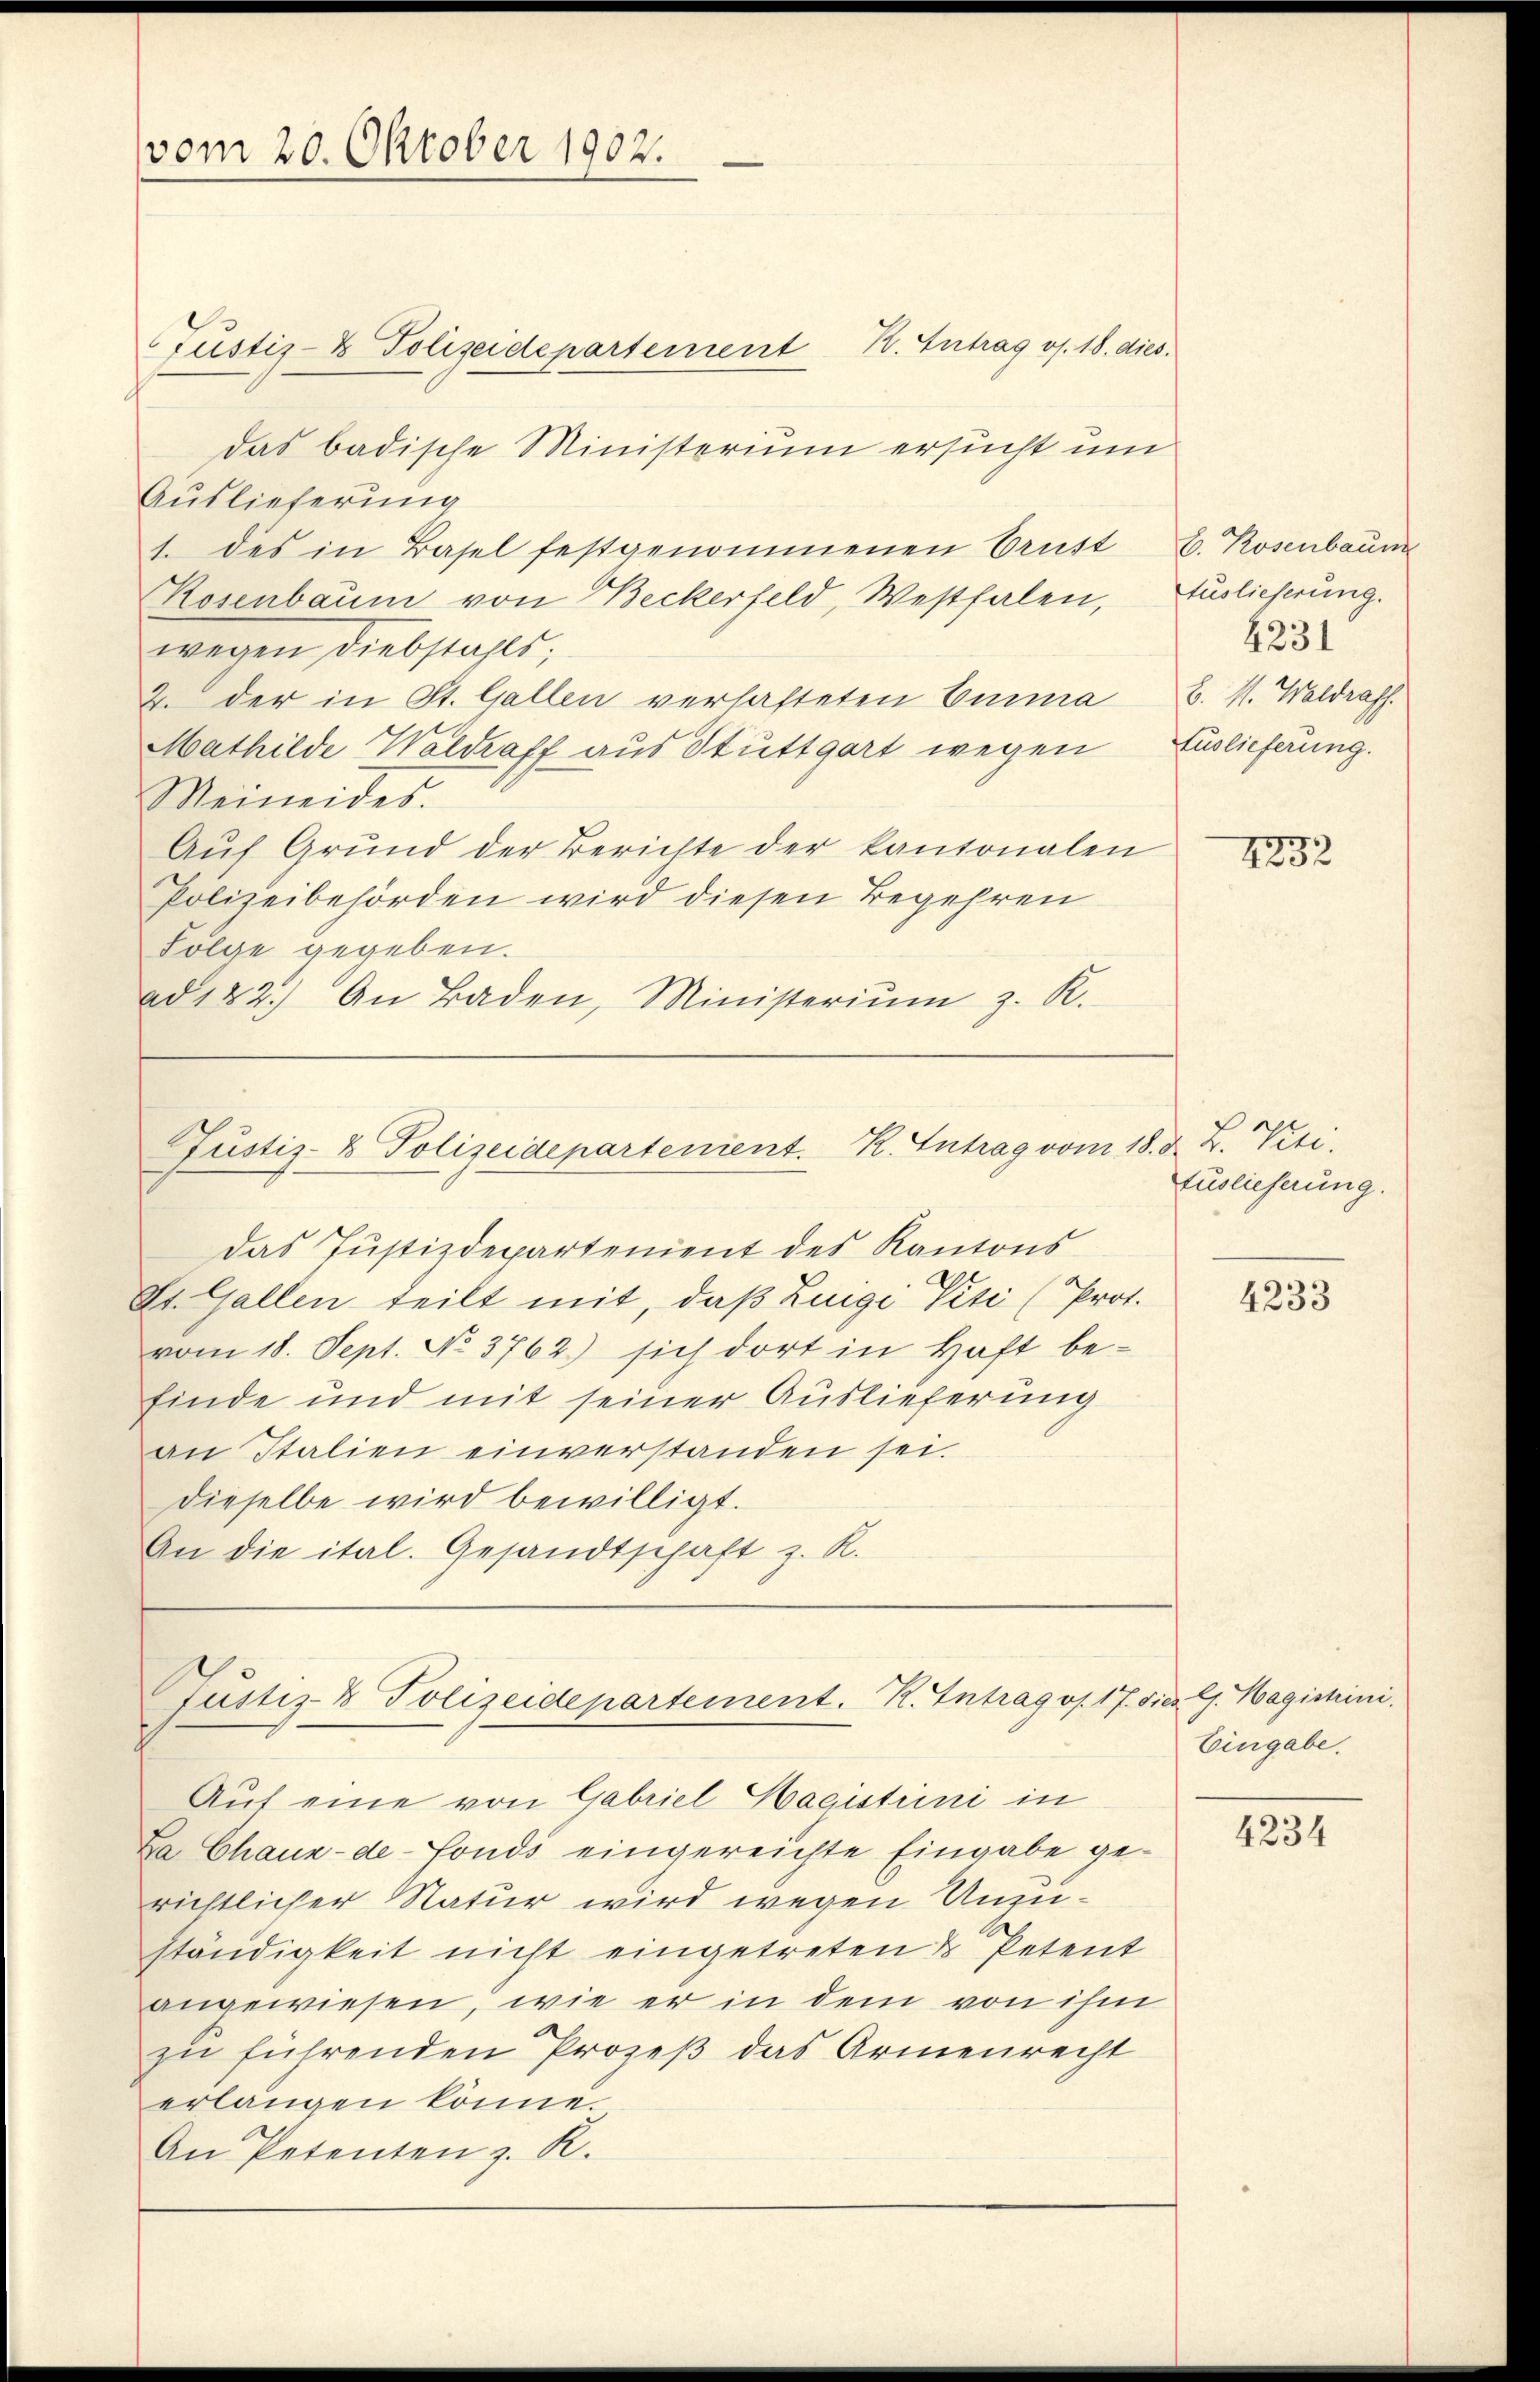
vom 20. Oktober 1902.

Justiz- & Polizeidepartement K. Eintrag/Antrag os. 18. dies
das badische Ministerium ersucht um
Auslieferung
1. des in Basel festgenommenen Brust
Rosenbaum von Beckerfeld, Westfalen,
wegen, diebstahls,
2. der in St. Gallen verhafteten Einna
Mathilde Waldraff aus Stuttgart wegen Auslieferung.
Meineides.
Aŭf Grŭnd der Berichte der kantonalen
Polizeibehörden wird diesen Begehren
Folge gegeben.
ad 122.) An Baden, Ministeriŭm z. R.

Justiz- & Polizeidepartenient. K. Antrag vom 18. d. B. Viti.

das Justizdepartement des Kantons
St. Gallen teilt mit, daß Luigi Peti (Prot.
vom 18. Sept. No. 3762) sich dort in Haft befinde und mit seiner Auslieferung
an Italien einverstanden sei.
dieselbe wird bewilligt.
An die ital. Gesandtschaft z. R.

Justiz- Polizeidepartement. R. Intrag v. 17.
Auf eine von Gabriel Magistrini in

La Chaux-de-Fonds eingereichte Eingabe gerichtlicher Natur wird wegen Unzuständigkeit nicht eingetreten & Petent
angewiesen, wie er in dem von ihm
zu führenden Prozeß das Armenrecht
erlangen könne.
An Petenten z. R.

b. Rosenbaum
Auslieferung.
2231
B. M. Waldrass

4232

Auslieferung.

4233

dies G. Hagistini.
Eingabe.

4234